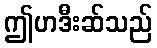
ဤဟဒီးဆ်သည်